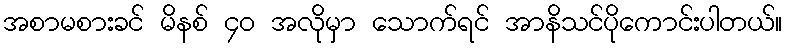
အစာမစားခင် မိနစ် ၄၀ အလိုမှာ သောက်ရင် အာနိသင်ပိုကောင်းပါတယ်။